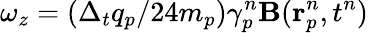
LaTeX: \omega_{z}=(\Delta_{t}q_{p}/24m_{p})\gamma_{p}^{n}\mathbf{B}(\mathbf{r}_{p}^{n},t^{n})